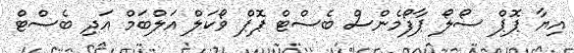
އިޔާ ޕޮޕް ސޯލޯ ޕާފޯމެންސް ބެސްޓް ޕޮޕް ވޯކަލް އަލްބަމް އަދި ބެސްޓް